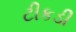
ટીકડી